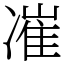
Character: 凗